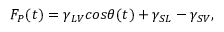
\begin{array} { r } { F _ { P } ( t ) = \gamma _ { L V } c o s \theta ( t ) + \gamma _ { S L } - \gamma _ { S V } , } \end{array}